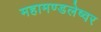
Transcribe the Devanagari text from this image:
महामण्डलेष्वर